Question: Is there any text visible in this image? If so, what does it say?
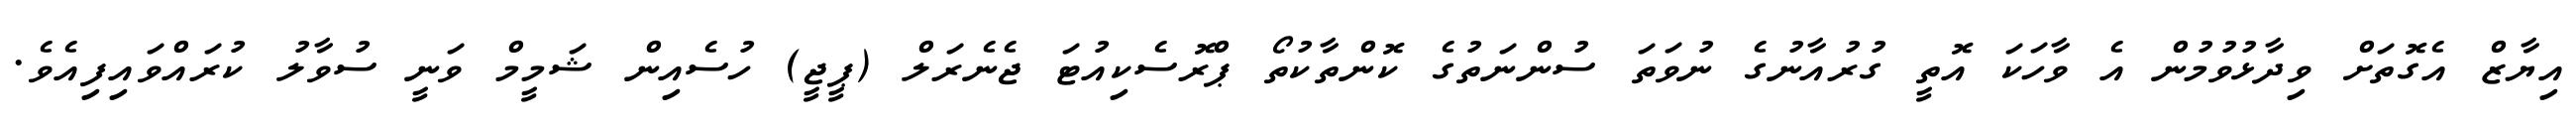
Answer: އިޔާޒް އެގޮތަށް ވިދާޅުވުމުން އެ ވާހަކަ އޮތީ ގުރުއާނުގެ ނުވަތަ ސުންނަތުގެ ކޮންތާކުތޯ ޕްރޮސެކިއުޓަ ޖެނެރަލް (ޕީޖީ) ހުސެއިން ޝަމީމް ވަނީ ސުވާލު ކުރައްވައިފިއެވެ.